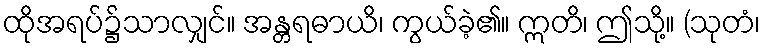
ထိုအရပ်၌သာလျှင်။ အန္တရဓာယိ၊ ကွယ်ခဲ့၏။ ဣတိ၊ ဤသို့။ (သုတံ၊